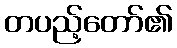
တပည့်တော်၏